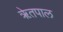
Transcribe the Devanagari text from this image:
ॠेतपाल